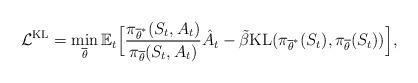
LaTeX: \begin{align*} \mathcal{L}^{\mathrm{KL}} = \min_{\overline{\theta}} \mathbb{E}_t\Big[\frac{\pi_{\overline{\theta}^{*}}(S_t, A_t)}{\pi_{\overline{\theta}}(S_t, A_t)}\hat{A}_t - \tilde{\beta}\mathrm{KL}(\pi_{\overline{\theta}^{*}}(S_t), \pi_{\overline{\theta}}(S_t))\Big],\end{align*}